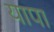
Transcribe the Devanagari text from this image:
यापा